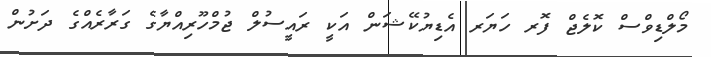
މޯލްޑިވްސް ކޮލެޖް ފޮރ ހަޔަރ އެޑިޔުކޭޝަން އަކީ ރައީސުލް ޖުމްހޫރިއްޔާގެ ގަރާރެއްގެ ދަށުން